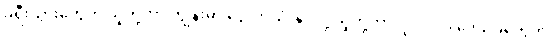
ခရီးသွားတွေက သူတို့ဟာ ကျွန်းမှာ ငွေလာသုံးနိုင်လို့ သူတို့ဘာလုပ်လုပ်၊ ဒေသခံတွေက